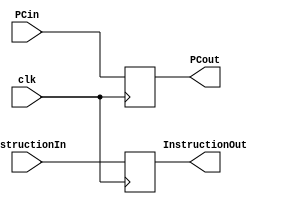
module ifid( PCout, InstructionOut, clk, PCin, InstructionIn );
	output reg [31:0] PCout, InstructionOut;
	input[31:0] PCin, InstructionIn;
	input clk;

	always@(posedge clk) begin
		PCout <= PCin;
		InstructionOut <= InstructionIn;
	end
endmodule